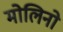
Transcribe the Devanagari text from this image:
मोलिनो